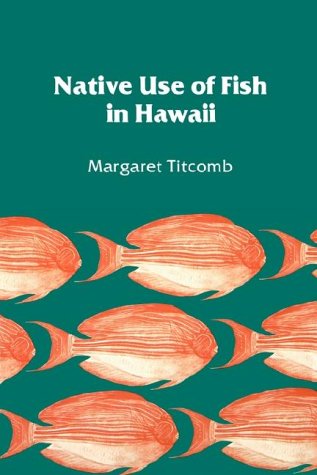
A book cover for Native Use of Fish in Hawaii; Margaret Titcomb; Sports & Outdoors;